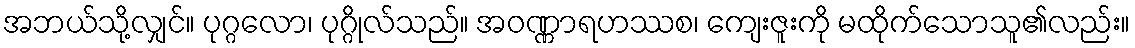
အဘယ်သို့လျှင်။ ပုဂ္ဂလော၊ ပုဂ္ဂိုလ်သည်။ အဝဏ္ဏာရဟဿစ၊ ကျေးဇူးကို မထိုက်သောသူ၏လည်း။